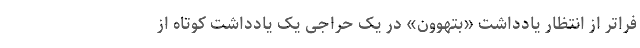
فراتر از انتظار یادداشت «بتهوون» در یک حراجی یک یادداشت کوتاه از